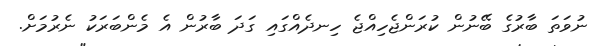
ނުވަތަ ބާރުގެ ބޭނުން ކުރަންޖެހިއްޖެ ހިނދެއްގައި ގަދަ ބާރުން އެ މެންބަރަކު ނެރުމަށް.